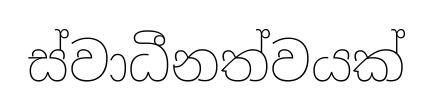
ස්වාධීනත්වයක්